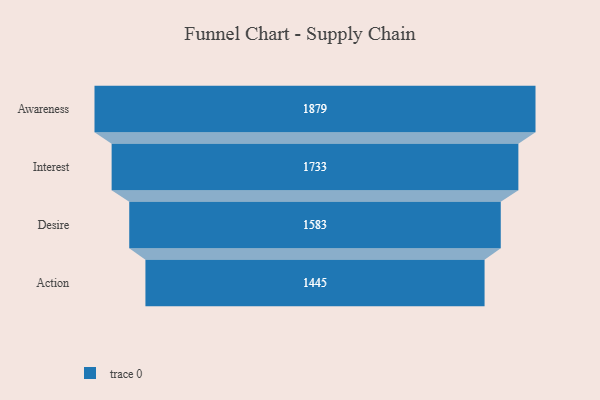
{"axis": {"x": "Stage", "y": "Value"}, "legend": [""], "data": [{"x": "Awareness", "y": 1879.0, "type": ""}, {"x": "Interest", "y": 1733.0, "type": ""}, {"x": "Desire", "y": 1583.0, "type": ""}, {"x": "Action", "y": 1445.0, "type": ""}]}